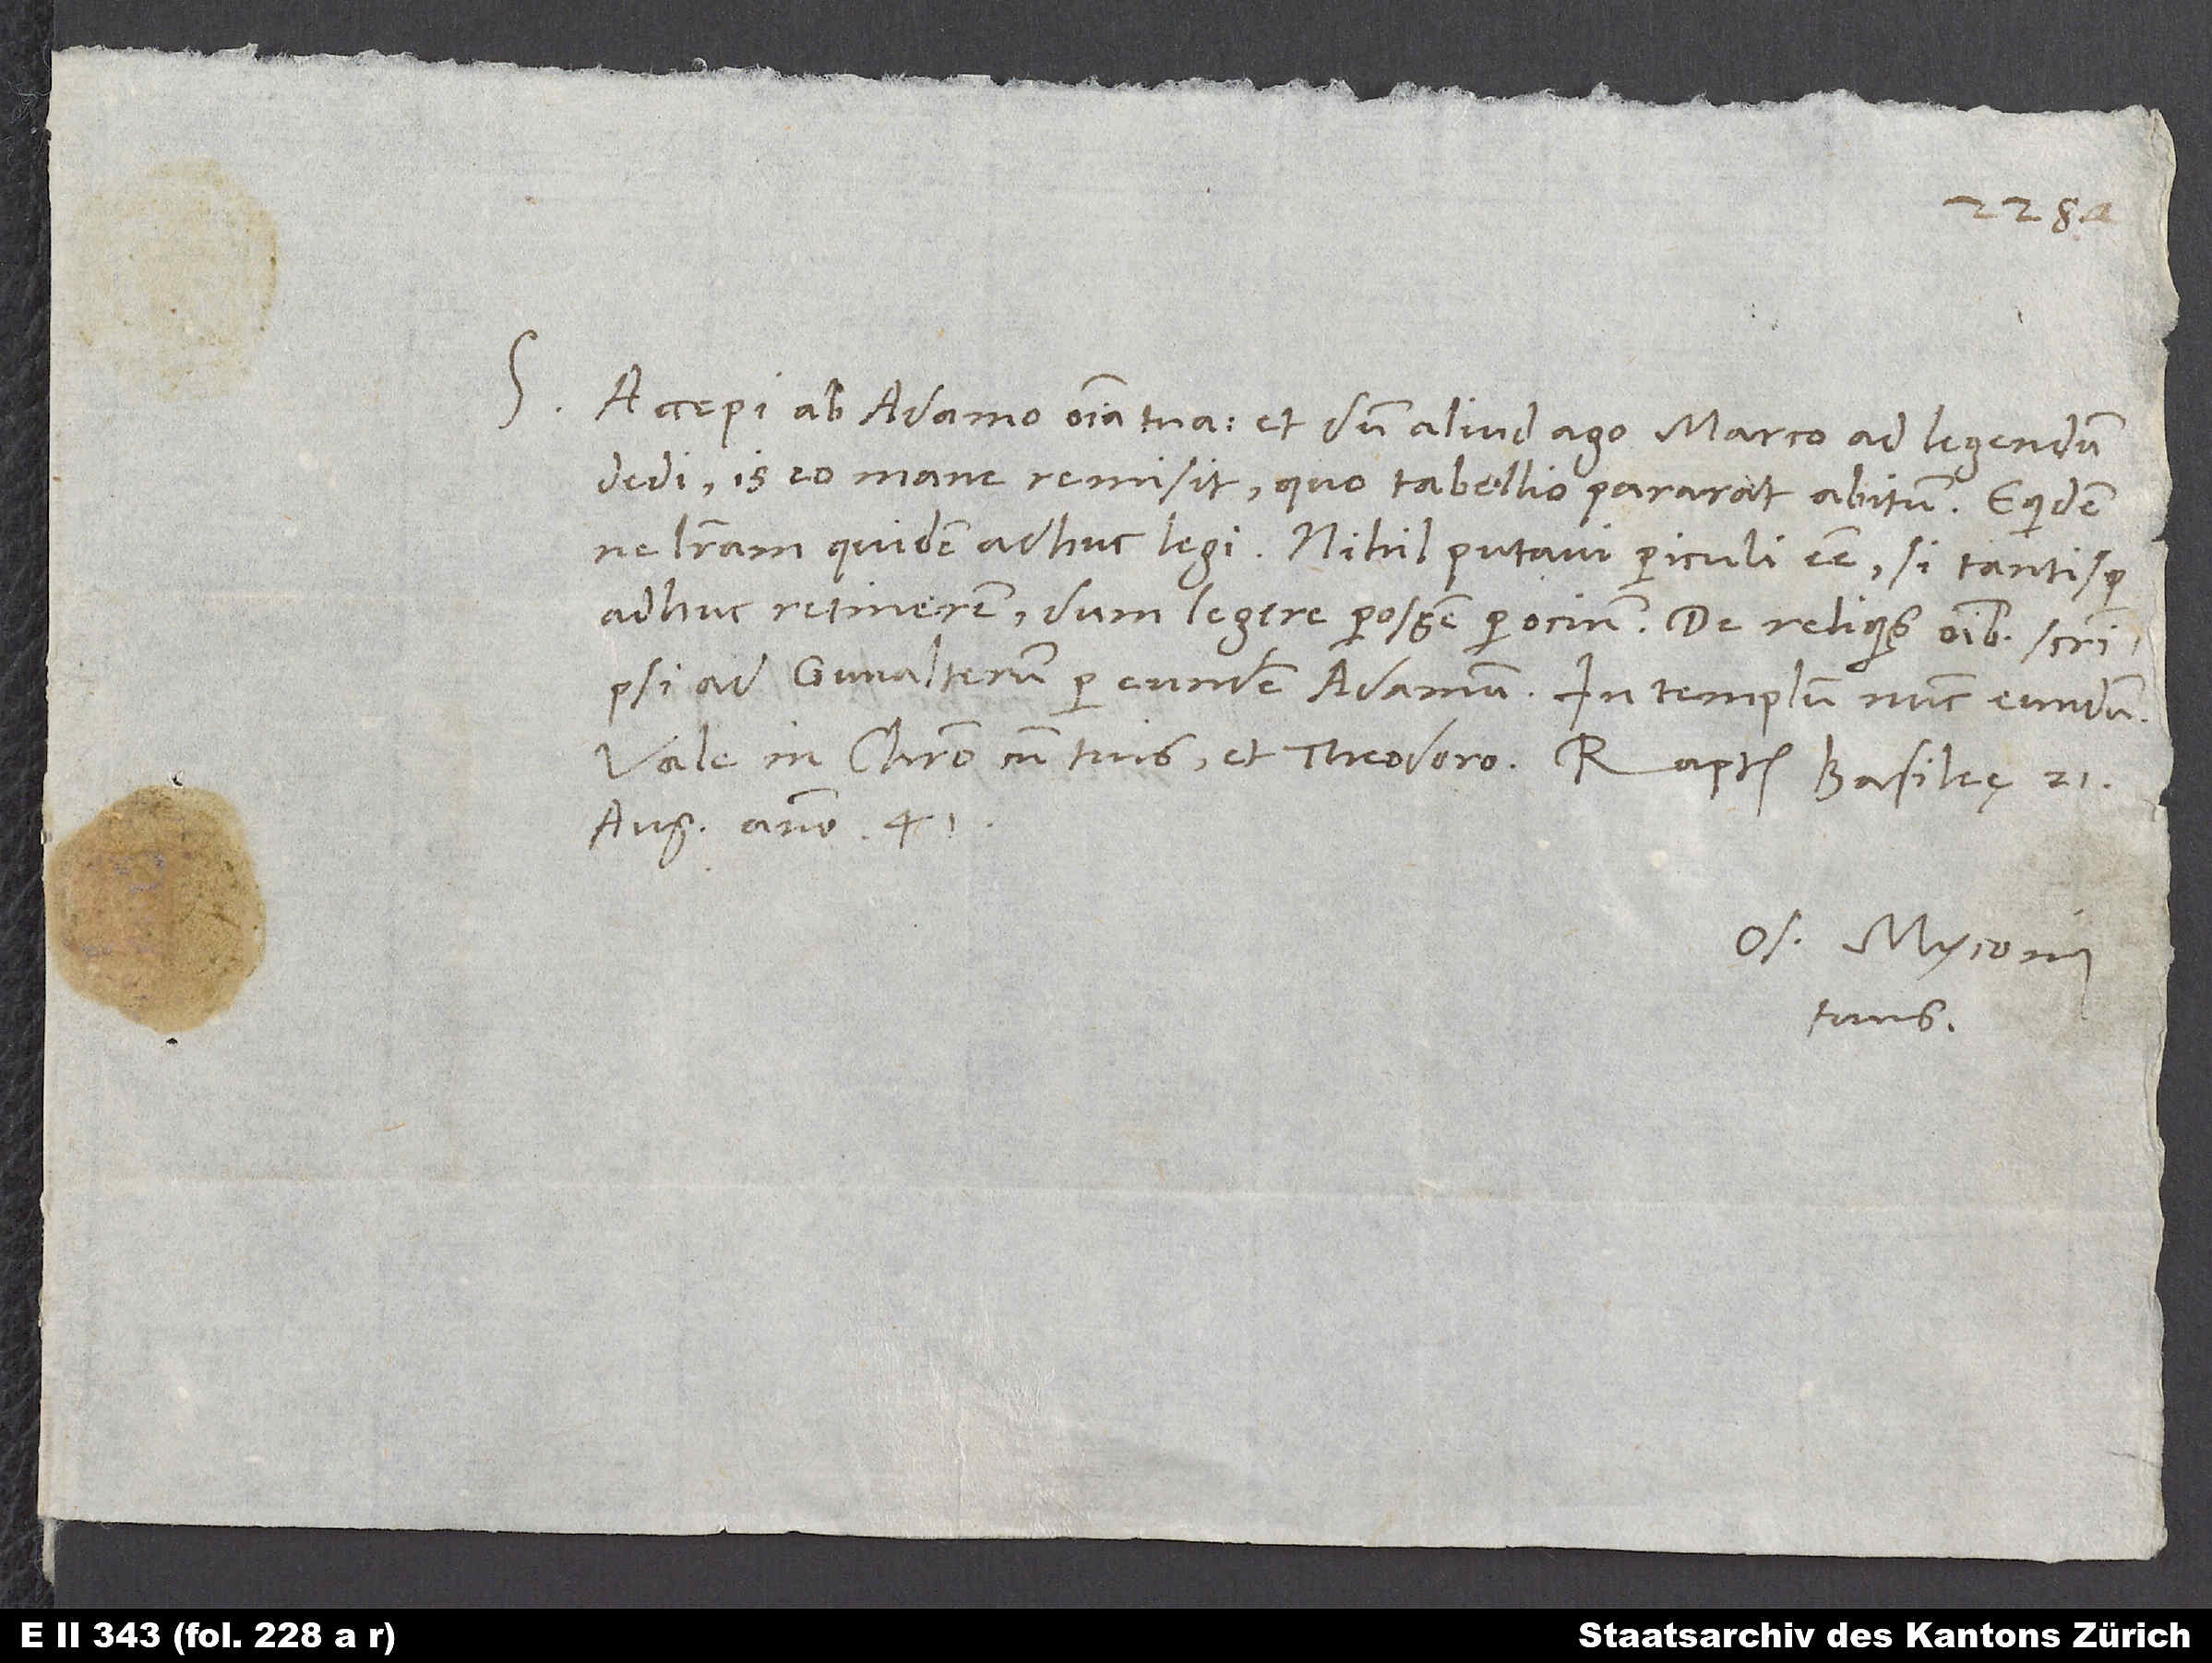
S.

Accepi ab Adamo omnia tua et, dum aliud ago, Marco ad legendum
dedi. Is eo mane remisit, quo tabellio pararat abitum. Equidem
ne literam quidem adhuc legi. Nihil putavi periculi esse, si tantisper
adhuc retinerem, dum legere possem per ocium. De reliquis omnibus scripsi
Vale in Christo cum tuis et Theodoro. Raptim, Basileę, 21.
augusti anno 41.
Os. Myconius
tuus.